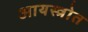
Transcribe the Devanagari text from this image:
आयस्त्रोत